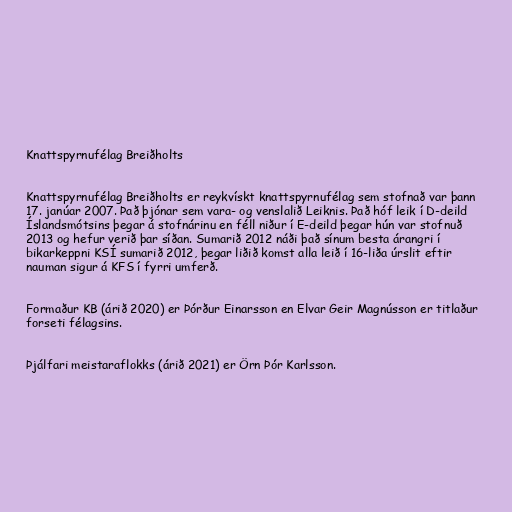
Knattspyrnufélag Breiðholts

Knattspyrnufélag Breiðholts er reykvískt knattspyrnufélag sem stofnað var þann
17. janúar 2007. Það þjónar sem vara- og venslalið Leiknis. Það hóf leik í D-deild
Íslandsmótsins þegar á stofnárinu en féll niður í E-deild þegar hún var stofnuð
2013 og hefur verið þar síðan. Sumarið 2012 náði það sínum besta árangri í
bikarkeppni KSÍ sumarið 2012, þegar liðið komst alla leið í 16-liða úrslit eftir
nauman sigur á KFS í fyrri umferð.

Formaður KB (árið 2020) er Þórður Einarsson en Elvar Geir Magnússon er titlaður
forseti félagsins.

Þjálfari meistaraflokks (árið 2021) er Örn Þór Karlsson.